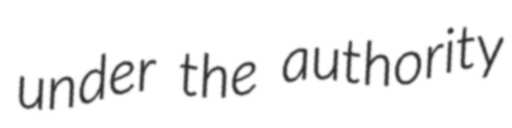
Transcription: under the authority